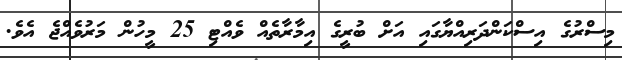
މިސްރުގެ އިސްކަންދަރިއްޔާގައި އަށް ބުރީގެ އިމާރާތެއް ވެއްޓި 25 މީހުން މަރުވެއްޖެ އެވެ.